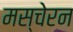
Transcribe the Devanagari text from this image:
मस्चेरन